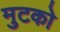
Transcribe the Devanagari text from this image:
मुटको